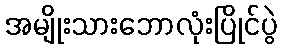
အမျိုးသားဘောလုံးပြိုင်ပွဲ